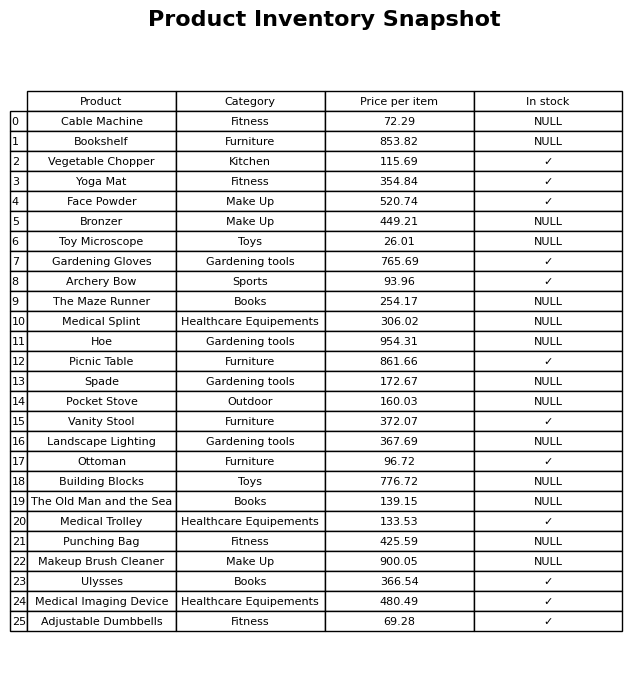
question: Is the Toy Microscope in stock?
answer: NULL